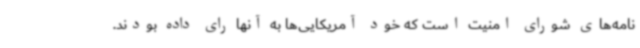
نامه‌های شورای امنیت است که خود آمریکایی‌ها به آنها رای داده بودند.